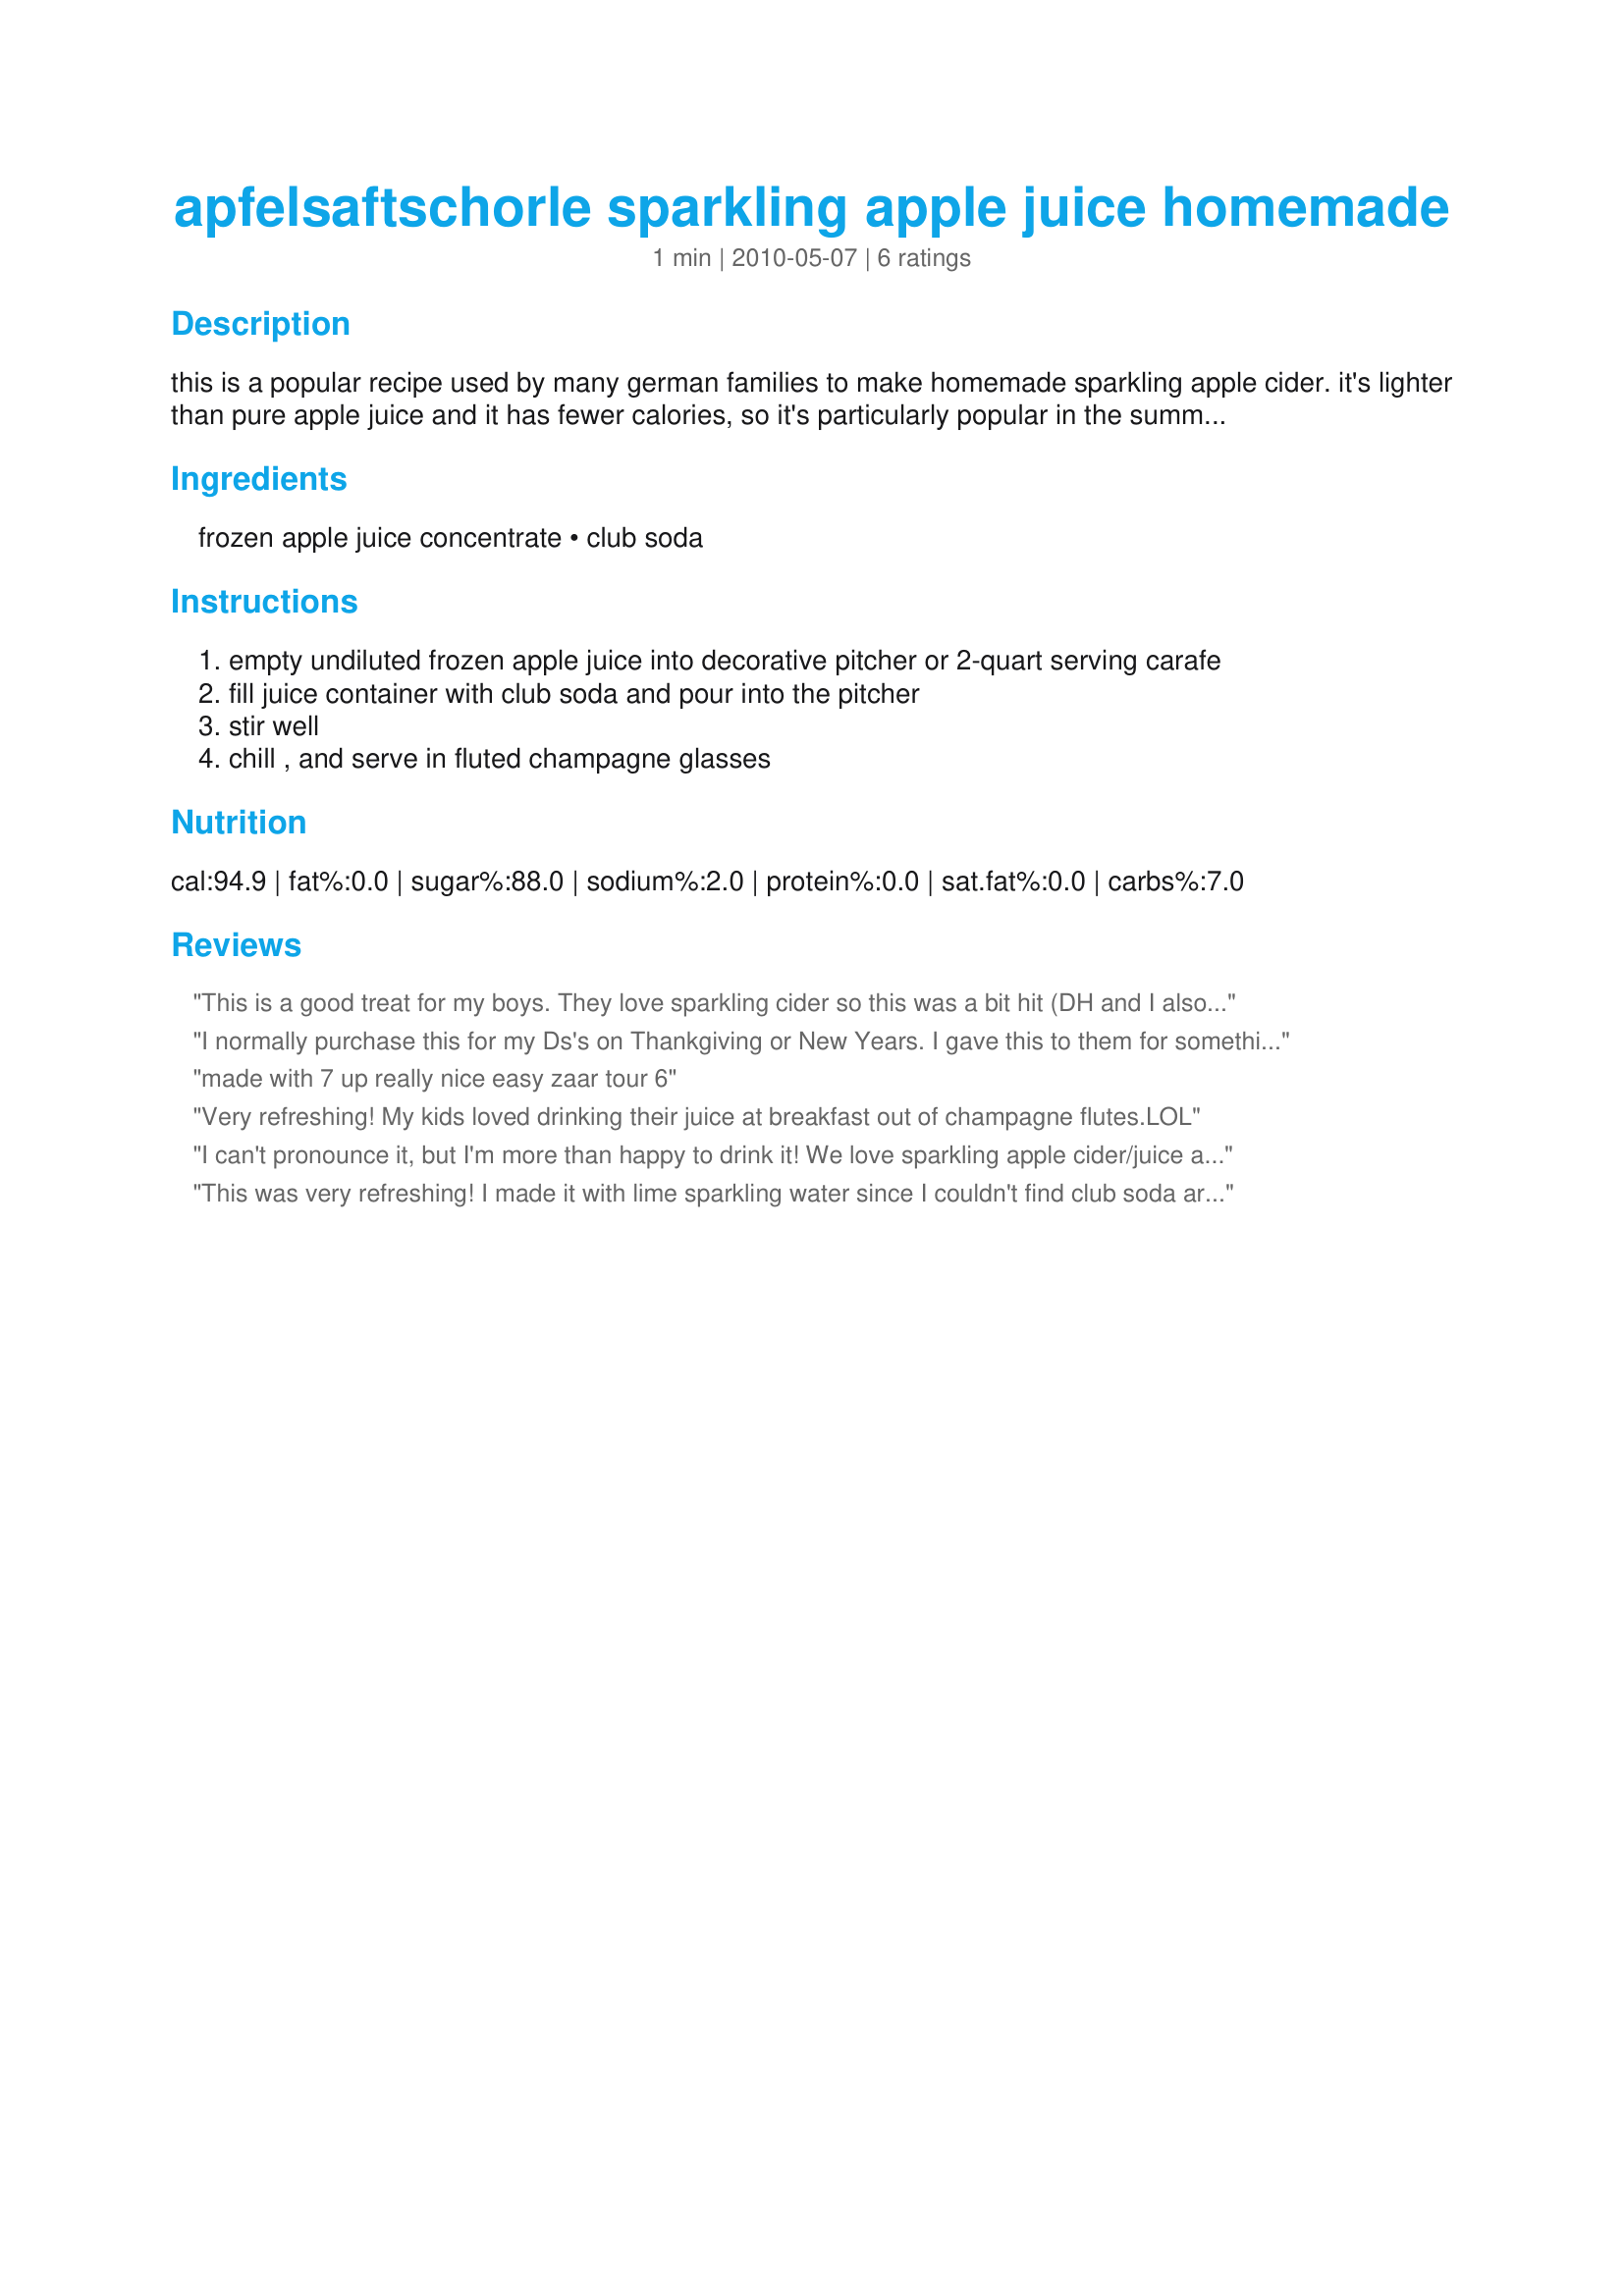
apfelsaftschorle sparkling apple juice homemade
Preparation time: 1 minutes

this is a popular recipe used by many german families to make homemade sparkling apple cider. it's lighter than pure apple juice and it has fewer calories, so it's particularly popular in the summertime. you can use apple juice or apple cider, and it's equally delicious. you can also use bottled club soda or seltzer (unflavored) for the carbonated base

Ingredients:
frozen apple juice concentrate, club soda

Steps:
empty undiluted frozen apple juice into decorative pitcher or 2-quart serving carafe
fill juice container with club soda and pour into the pitcher
stir well
chill , and serve in fluted champagne glasses

Reviews:
This is a good treat for my boys. They love sparkling cider so this was a bit hit (DH and I also liked it). Made for ZWT6 Germany.
I normally purchase this for my Ds's on Thankgiving or New Years. I gave this to them for something something special for Halloween. They LOVED it. I think I'll try concentrated grape juice next time. I mixed this w/club soda.
made with 7 up really nice easy zaar tour 6
Very refreshing! My kids loved drinking their juice at breakfast out of champagne flutes.LOL
I can't pronounce it, but I'm more than happy to drink it! We love sparkling apple cider/juice and it's the only way I'll drink apple juice. This was super easy, economical & so refreshing. Made exactly as directed for the Diabetic Forum's Harvest Moon Apple Festival. Thanks for posting, NwG! :D
This was very refreshing! I made it with lime sparkling water since I couldn't find club soda around here. Not as fizzy as soda, not as heavy as apple juice alone. :-) For ZWT6 N.
